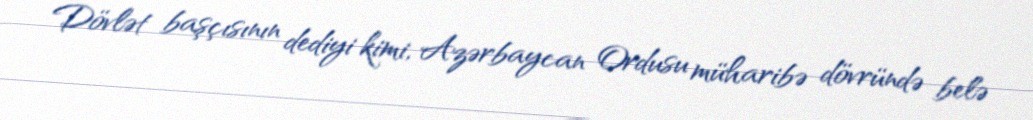
Dövlət başçısının dediyi kimi, Azərbaycan Ordusu müharibə dövründə belə